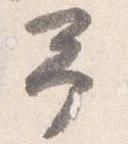
予